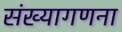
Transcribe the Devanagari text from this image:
संख्यागणना